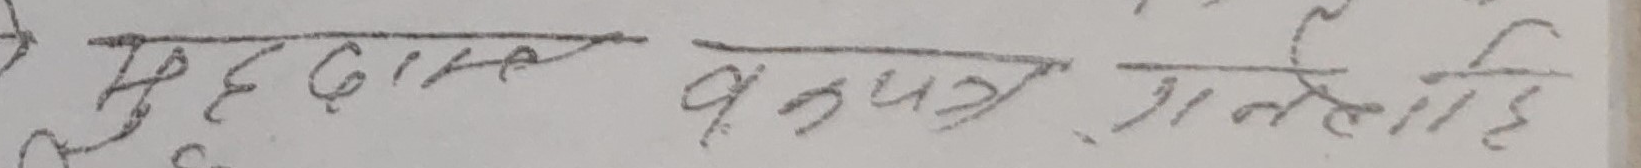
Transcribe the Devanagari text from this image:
मुद्दाम वकस गनलाहै